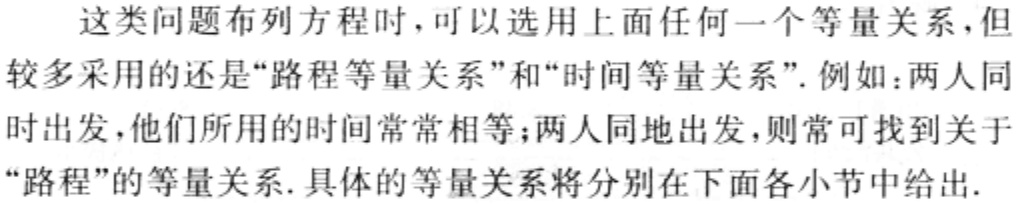
这类问题布列方程时，可以选用上面任何一个等量关系，但
较多采用的还是“路程等量关系”和“时间等量关系”. 例如：两人同
时出发，他们所用的时间常常相等；两人同地出发，则常可找到关于
“路程”的等量关系. 具体的等量关系将分别在下面各小节中给出.